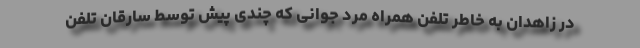
در زاهدان به خاطر تلفن همراه مرد جوانی که چندی پیش توسط سارقان تلفن